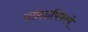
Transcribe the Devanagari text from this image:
सांप्रदायिकांचे